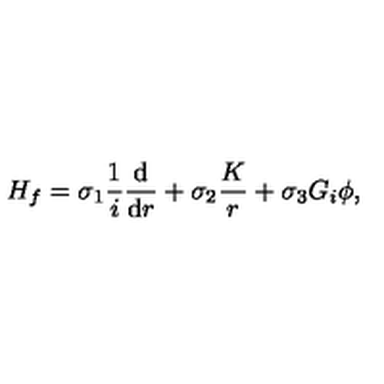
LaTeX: H _ { f } = \sigma _ { 1 } \frac { 1 } { i } \frac { \mathrm { d } } { \mathrm { d } r } + \sigma _ { 2 } \frac { K } { r } + \sigma _ { 3 } G _ { i } \phi ,